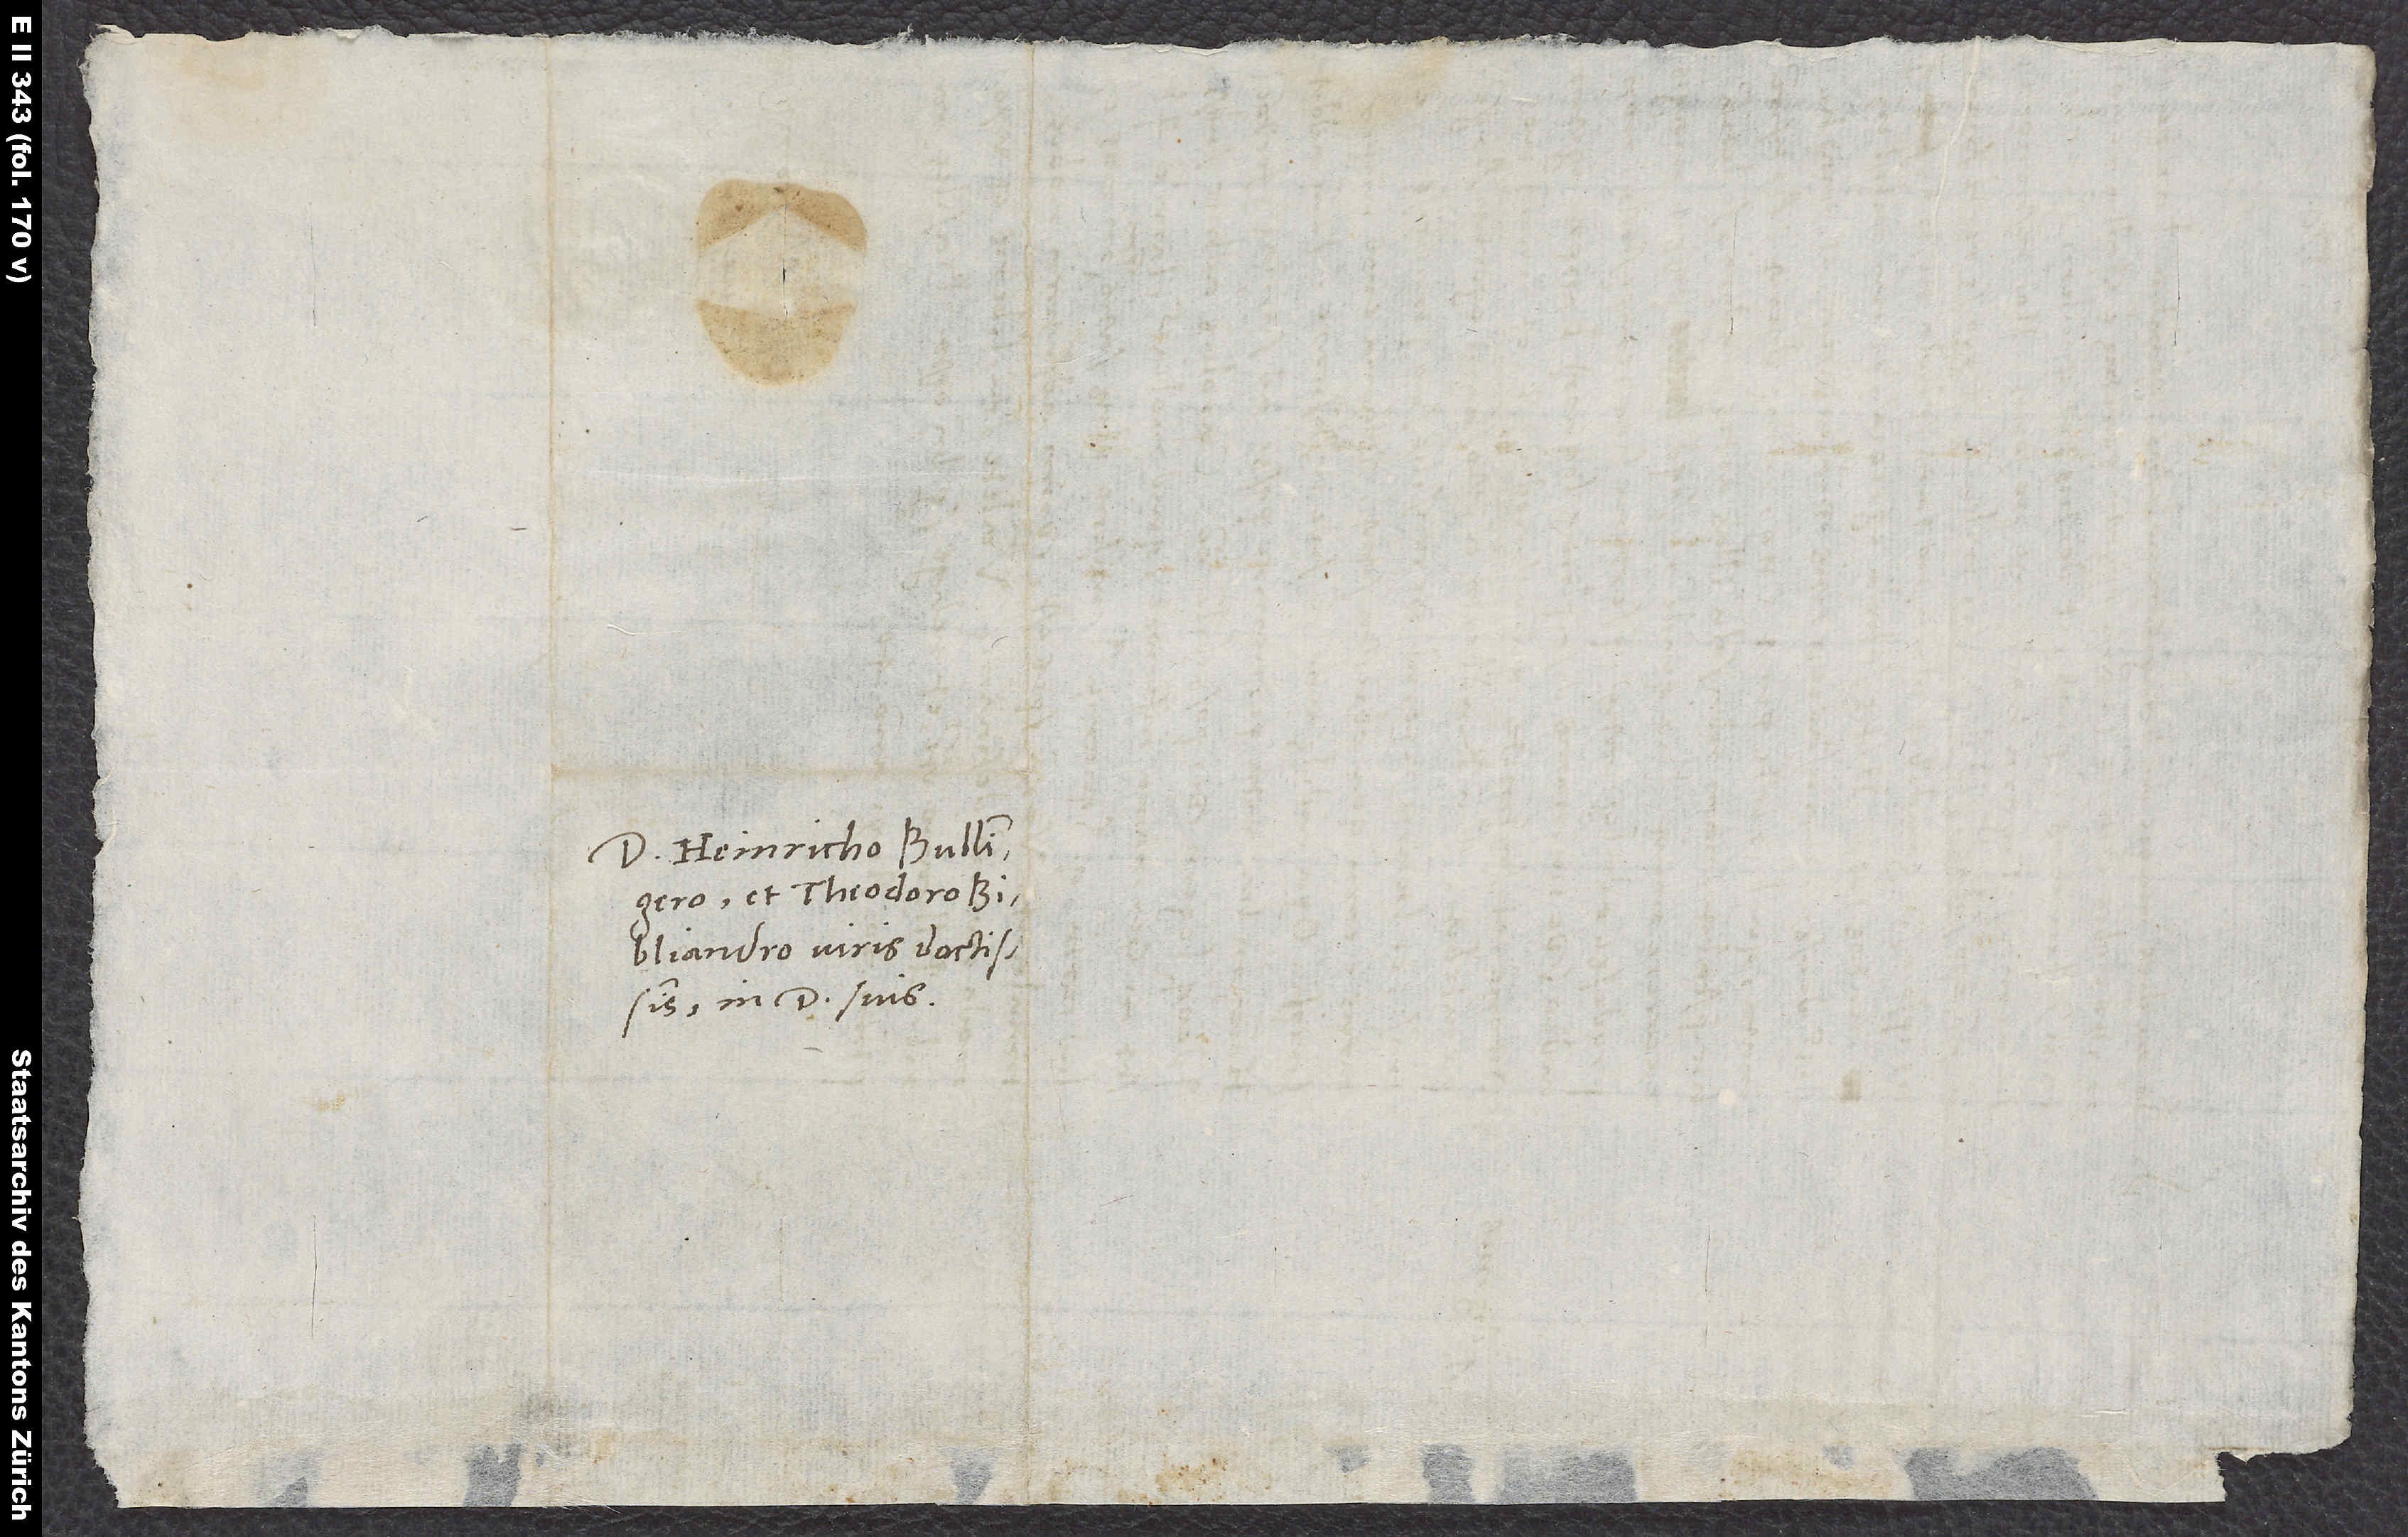
D Heinricho Bullingero
et Theodoro
Bibliandro, viris doctissimis,
in domino suis.